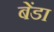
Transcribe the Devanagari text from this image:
बेंडा